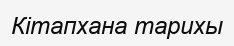
Кітапхана тарихы